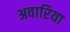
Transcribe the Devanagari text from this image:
अवारिया